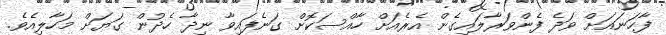
ފާހަނައަށް ވަދެ ފެންވަރާލައިގެން އެރެއަށް ހާއްސަކޮށް ގަނެފައިވާ ނިދާ ހެދުން ގަޔަށް މަހާލިއެވެ.